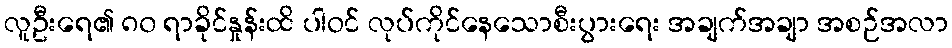
လူဦးရေ၏ ၈၀ ရာခိုင်နှုန်းထိ ပါဝင် လုပ်ကိုင်နေသောစီးပွားရေး အချက်အချာ အစဉ်အလာ